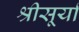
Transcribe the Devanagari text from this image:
श्रीसूर्या